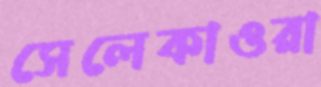
সেলেকাওরা